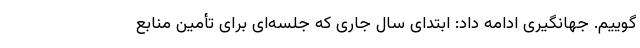
گوییم. جهانگیری ادامه داد: ابتدای سال جاری که جلسه‌ای برای تأمین منابع